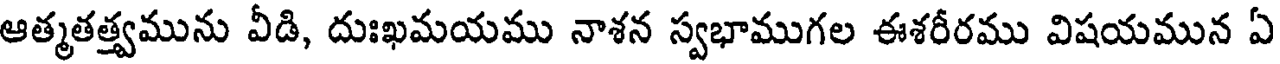
ఆత్మతత్త్వమును వీడి, దుఃఖమయము నాశన స్వభాముగల ఈశరీరము విషయమున ఏ